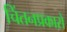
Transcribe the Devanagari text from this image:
चिंतनप्रकारों